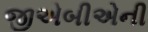
જીએબીએની